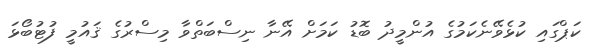
ކަޕްގައި ކުޅެވޭނެކަމުގެ އުންމީދު ބޮޑު ކަމަށް އޭނާ ނިސްބަތްވާ މިސްރުގެ ޤައުމީ ފުޓުބޯޅަ